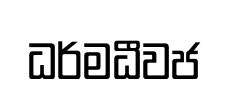
ධර්මධීවජ